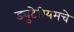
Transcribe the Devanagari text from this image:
ड्युटेरियमचे